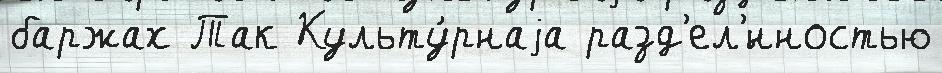
баржах Так Культу́рнаjа разд'ел'́нностью